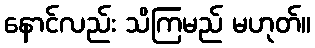
နောင်လည်း သိကြမည် မဟုတ်။